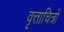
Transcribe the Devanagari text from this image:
वृत्ताचित्रों